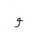
Letter: _waw